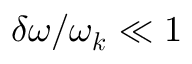
\delta \omega / \omega _ { \boldsymbol { k } } \ll 1